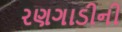
રણગાડીની